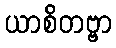
ယာစိတဗ္ဗာ